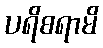
ပရိစရာမိ